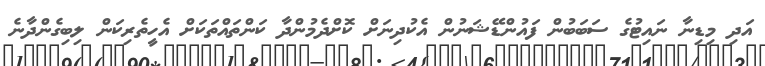
އަދި މިޑިނާ ނައިޓުގެ ސަބަބުން ފައުންޑޭޝަނުން އެކުދިނަށް ކޮށްދެމުންދާ ކަންތައްތަކަށް އެހީތެރިކަން ލިބިގެންދާނެ